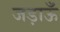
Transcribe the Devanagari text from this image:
जड़ाऊँ